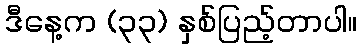
ဒီနေ့က (၃၃) နှစ်ပြည့်တာပါ။